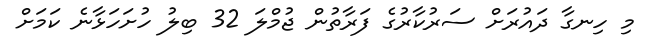
މި ހިނގާ ދައުރަށް ސަރުކާރުގެ ފަރާތުން ޖުމްލަ 32 ބިލު ހުށަހަޅާނެ ކަމަށް